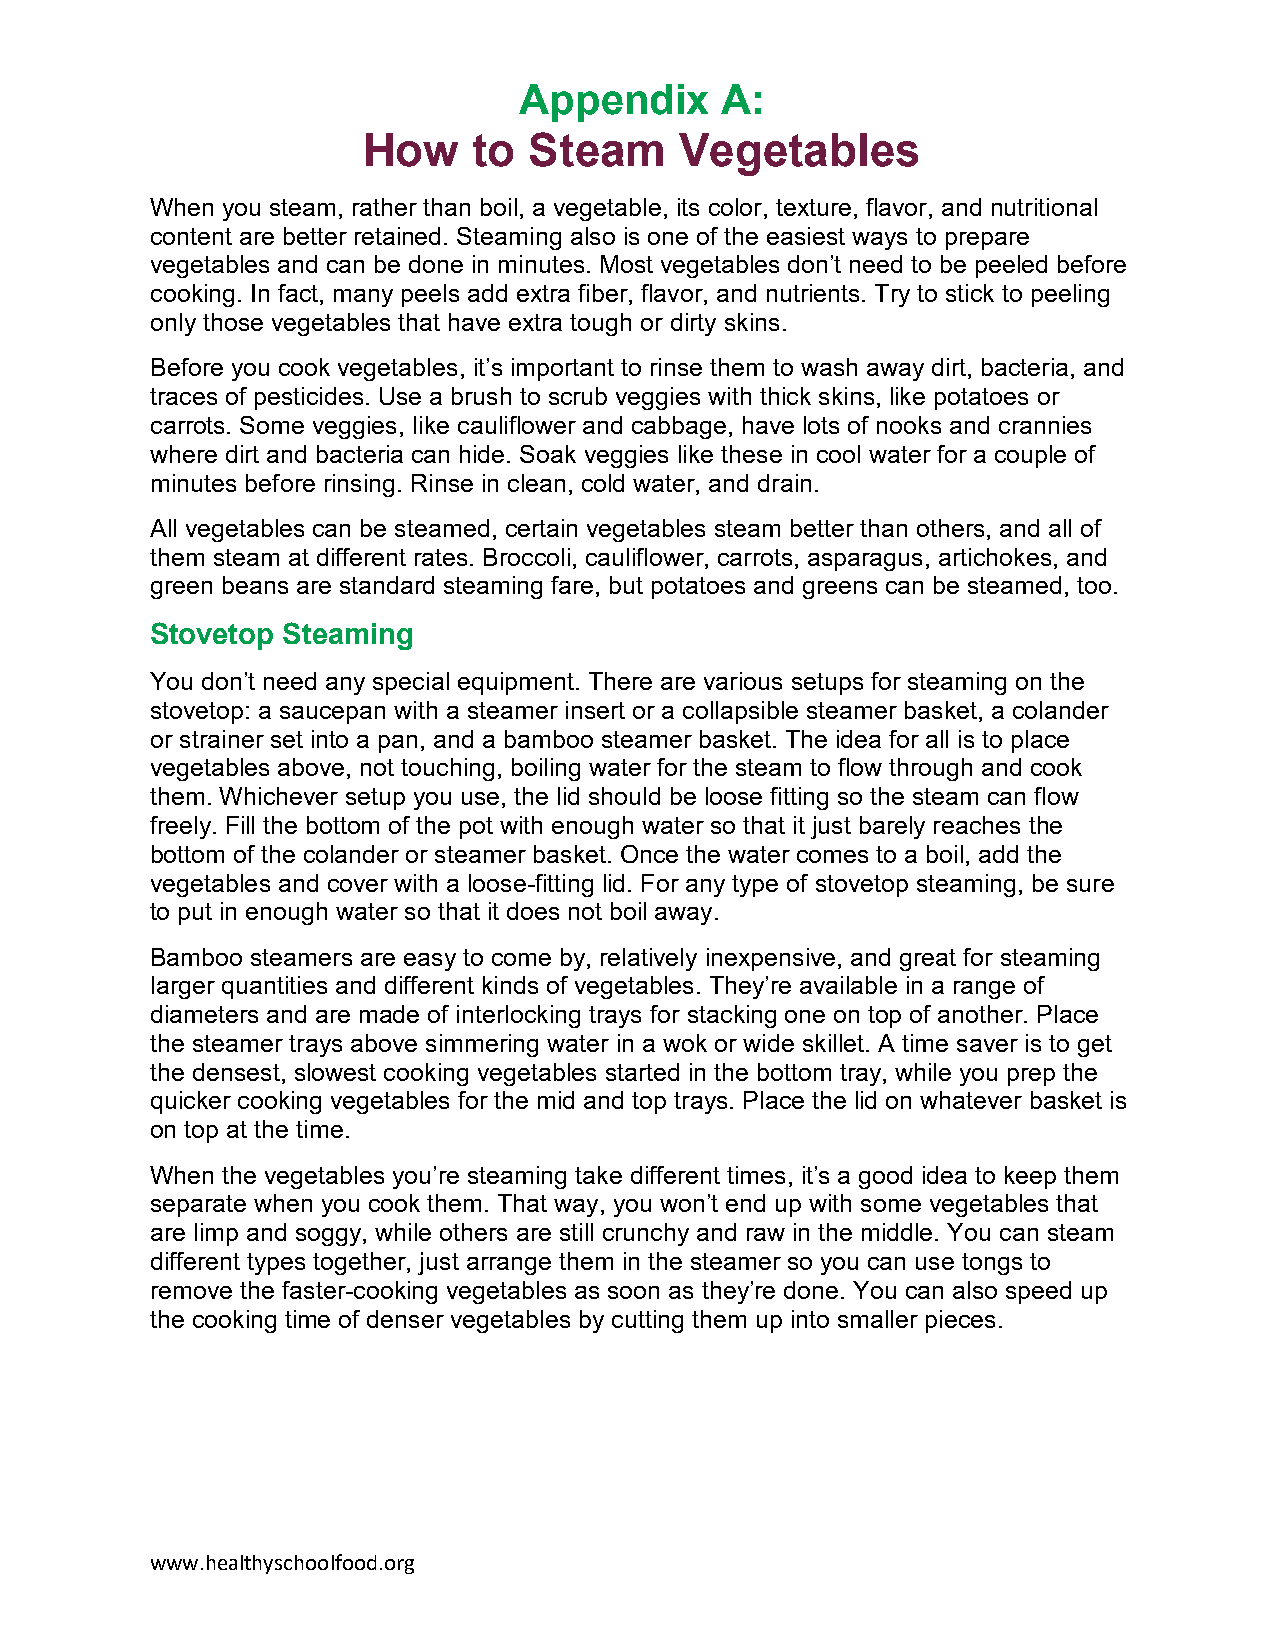
Appendix      A:
 How    to  Steam     Vegetables
 When you steam, rather than boil, a vegetable, its color, texture, flavor, and nutritional
 content are better retained. Steaming also is one of the easiest ways to prepare
 vegetables and can be done in minutes. Most vegetables don’t need to be peeled before
 cooking. In fact, many peels add extra fiber, flavor, and nutrients. Try to stick to peeling
 only those vegetables that have extra tough or dirty skins.
 Before you cook vegetables, it’s important to rinse them to wash away dirt, bacteria, and
 traces of pesticides. Use a brush to scrub veggies with thick skins, like potatoes or
 carrots. Some veggies, like cauliflower and cabbage, have lots of nooks and crannies
 where dirt and bacteria can hide. Soak veggies like these in cool water for a couple of
 minutes before rinsing. Rinse in clean, cold water, and drain.
 All vegetables can be steamed, certain vegetables steam better than others, and all of
 them steam at different rates. Broccoli, cauliflower, carrots, asparagus, artichokes, and
 green beans are standard steaming fare, but potatoes and greens can be steamed, too.
 Stovetop Steaming
 You don’t need any special equipment. There are various setups for steaming on the
 stovetop: a saucepan with a steamer insert or a collapsible steamer basket, a colander
 or strainer set into a pan, and a bamboo steamer basket. The idea for all is to place
 vegetables above, not touching, boiling water for the steam to flow through and cook
 them. Whichever setup you use, the lid should be loose fitting so the steam can flow
 freely. Fill the bottom of the pot with enough water so that it just barely reaches the
 bottom of the colander or steamer basket. Once the water comes to a boil, add the
 vegetables and cover with a loose-fitting lid. For any type of stovetop steaming, be sure
 to put in enough water so that it does not boil away.
 Bamboo steamers are easy to come by, relatively inexpensive, and great for steaming
 larger quantities and different kinds of vegetables. They’re available in a range of
 diameters and are made of interlocking trays for stacking one on top of another. Place
 the steamer trays above simmering water in a wok or wide skillet. A time saver is to get
 the densest, slowest cooking vegetables started in the bottom tray, while you prep the
 quicker cooking vegetables for the mid and top trays. Place the lid on whatever basket is
 on top at the time.
 When the vegetables you’re steaming take different times, it’s a good idea to keep them
 separate when you cook them. That way, you won’t end up with some vegetables that
 are limp and soggy, while others are still crunchy and raw in the middle. You can steam
 different types together, just arrange them in the steamer so you can use tongs to
 remove the faster-cooking vegetables as soon as they’re done. You can also speed up
 the cooking time of denser vegetables by cutting them up into smaller pieces.
 www.healthyschoolfood.org